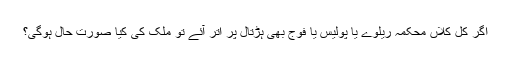
اگر کل کلاں محکمہ ریلوے یا پولیس یا فوج بھی ہڑتال پر اُتر آئے تو ملک کی کیا صورت حال ہوگی؟